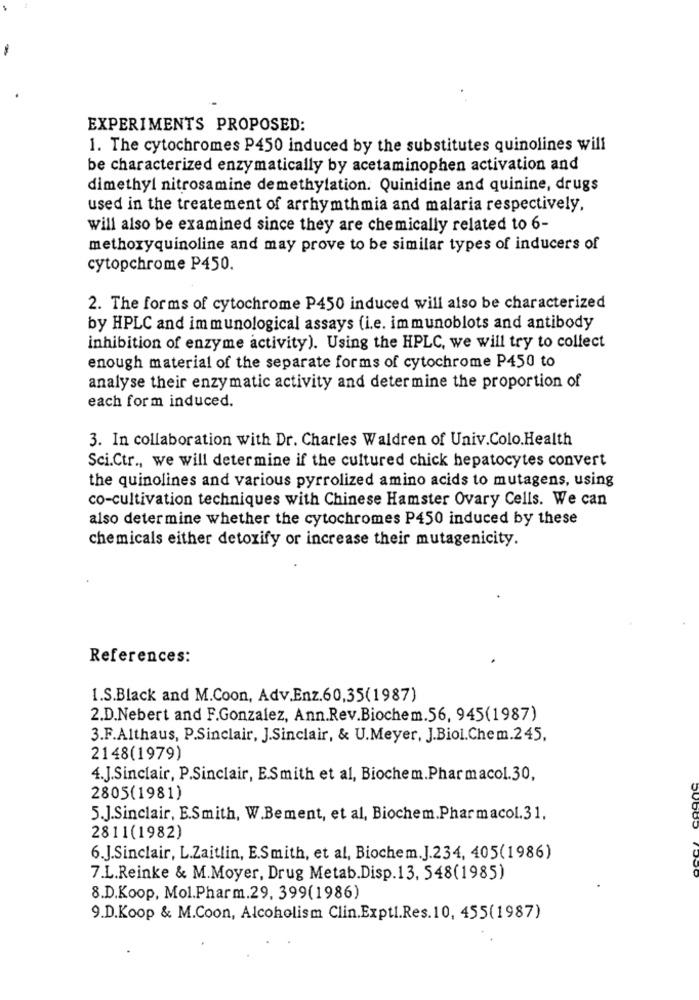
EXPERIMENTS PROPOSED:
1. The cytochromes P450 induced by the substitutes quinolines will
be characterized enzymatically by acetaminophen activation and
dimethyl nitrosamine demethylation. Quinidine and quinine, drugs
used in the treatement of arrhymthmia and malaria respectively.
will also be examined since they are chemically related to 6-
methoxyquinoline and may prove to be similar types of inducers of
cytopchrome P450.
2. The forms of cytochrome P450 induced will also be characterized
by HPLC and immunological assays (i.e. immunoblots and antibody
inhibition of enzyme activity). Using the HPLC, we will try to collect
enough material of the separate forms of cytochrome P450 to
analyse their enzymatic activity and determine the proportion of
each form induced.
3. In collaboration with Dr. Charles Waldren of Univ.Colo.Health
Sci.Ctr ., we will determine if the cultured chick hepatocytes convert
the quinolines and various pyrrolized amino acids to mutagens, using
co-cultivation techniques with Chinese Hamster Ovary Cells. We can
also determine whether the cytochromes P450 induced by these
chemicals either detoxify or increase their mutagenicity.
References:
I.S.Black and M.Coon, Adv.Enz.60,35(1987)
2.D.Nebert and F.Gonzalez, Ann.Rev.Biochem.56, 945(1987)
3.F.Althaus, P.Sinclair, J.Sinclair, & U.Meyer, J.Biol.Chem.245,
2148(1979)
4.J.Sinclair, P.Sinclair, E.Smith et al, Biochem.Pharmacol.30,
2805(1981)
5.J.Sinclair, E.Smith, W.Bement, et al, Biochem.Pharmacol.31,
2811(1982)
6.J.Sinclair, L.Zaitlin, E.Smith, et al, Biochem.J.234, 405(1986)
7.L.Reinke & M.Moyer, Drug Metab.Disp.13, 548(1985)
8.D.Koop, Mol.Pharm.29, 399(1986)
9.D.Koop & M.Coon, Alcoholism Clin.Expti.Res.10, 455(1987)